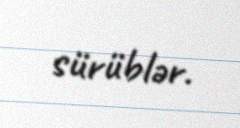
sürüblər.